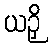
ယဉှိ